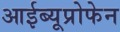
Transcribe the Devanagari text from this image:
आईब्यूप्रोफेन